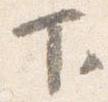
下